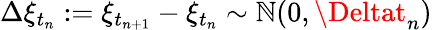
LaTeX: \Delta\xi_{t_{n}}:=\xi_{t_{n+1}}-\xi_{t_{n}}\sim\mathbb{N}(0,\Deltat_{n})